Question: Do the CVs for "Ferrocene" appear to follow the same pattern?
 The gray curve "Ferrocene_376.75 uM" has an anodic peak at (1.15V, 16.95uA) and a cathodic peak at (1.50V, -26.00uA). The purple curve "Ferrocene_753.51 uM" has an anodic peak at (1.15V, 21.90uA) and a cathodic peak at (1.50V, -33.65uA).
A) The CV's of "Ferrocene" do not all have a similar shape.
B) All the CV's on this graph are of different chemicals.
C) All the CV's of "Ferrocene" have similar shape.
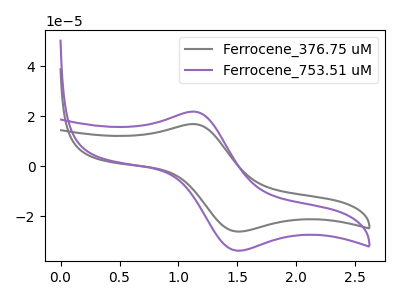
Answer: <think>All the peaks in "Ferrocene_376.75 uM" have a peak in "Ferrocene_753.51 uM" at the same potential. Every peak in "Ferrocene_376.75 uM" is lower than every peak in "Ferrocene_753.51 uM".
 </think>
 <answer>C) All the CV's of "Ferrocene" have similar shape.</answer>
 <eval>C</eval>